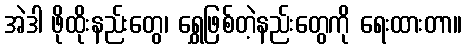
အဲဒါ ဖိုထိုးနည်းတွေ၊ ရွှေဖြစ်တဲ့နည်းတွေကို ရေးထားတာ။